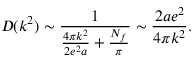
D ( k ^ { 2 } ) \sim \frac { 1 } { \frac { 4 \pi k ^ { 2 } } { 2 e ^ { 2 } a } + \frac { N _ { f } } { \pi } } \sim \frac { 2 a e ^ { 2 } } { 4 \pi k ^ { 2 } } .